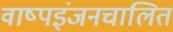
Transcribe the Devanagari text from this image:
वाष्पइंजनचालित